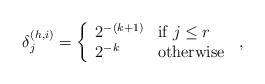
LaTeX: \begin{align*}\delta_j^{(h,i)} = \left\{ \begin{array}{ll} 2^{-(k+1)} & \mbox{if } j \leq r \\ 2^{-k} & \mbox{otherwise} \end{array}\right. \,, \end{align*}